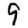
Digit: 9